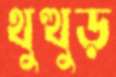
থুত্থুড়